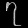
Digit: ၇